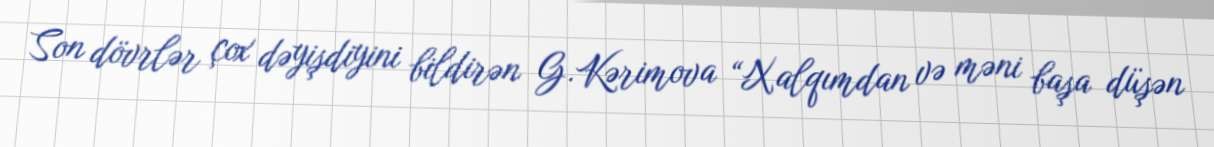
Son dövrlər çox dəyişdiyini bildirən G.Kərimova “Xalqımdan və məni başa düşən